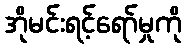
အိုမင်းရင့်ရော်မှုကို